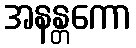
အနန္တကော